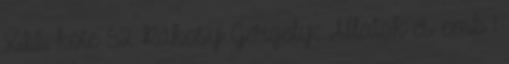
XII. köte 52 Rákosy Gergely: Állatok és emb 1